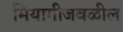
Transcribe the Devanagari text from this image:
मियागीजवळील